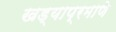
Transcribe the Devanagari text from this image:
खड्याप्रमाणे